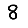
Digit: 8